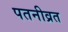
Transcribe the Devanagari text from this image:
पतनीव्रत